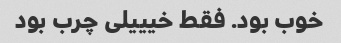
خوب بود. فقط خیییلی چرب بود